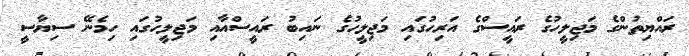
ރައްޔިތުންގެ މަޖިލީހުގެ ރައީސްގެ އަރިހުގައި މަޖިލީހުގެ ނައިބު ރައީސްއާއި މަޖިލީހުގައި ހިމެނޭ ސިޔާސީ